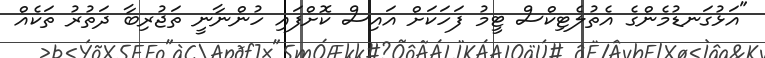
"އަޅުގަނޑުމެންގެ އެތުލެޓިކްސް ޓީމު ފަހަކަށް އައިސް ކޮށްފައި ހުންނާނީ ތަޖުރިބާ ދަތުރު ތަކެއް